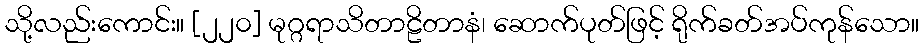
သို့လည်းကောင်း။ [၂၂၀] မုဂ္ဂရာသိတာဠိတာနံ၊ ဆောက်ပုတ်ဖြင့် ရိုက်ခတ်အပ်ကုန်သော။